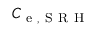
C _ { \mathrm { ~ e ~ , ~ S ~ R ~ H ~ } }